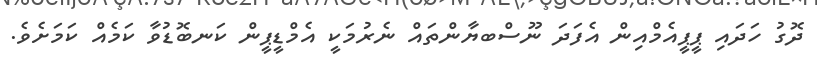
ދޮގު ހަދައި ޕީޕީއެމްއިން އެފަދަ ނޫސްބޔާންތައް ނެރުމަކީ އެމްޑީޕީން ކަނބޮޑުވާ ކަމެއް ކަމަށެވެ.